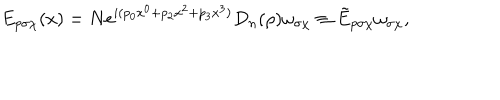
LaTeX: E _ { p \sigma \chi } ( x ) = N \mathrm { e } ^ { i ( p _ { 0 } x ^ { 0 } + p _ { 2 } x ^ { 2 } + p _ { 3 } x ^ { 3 } ) } D _ { n } ( \rho ) \omega _ { \sigma \chi } \equiv \tilde { E } _ { p \sigma \chi } \omega _ { \sigma \chi } ,